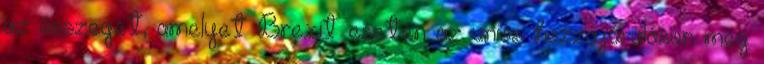
az összeget, amelyet Brexit esetén az uniós hozzájáruláson meg